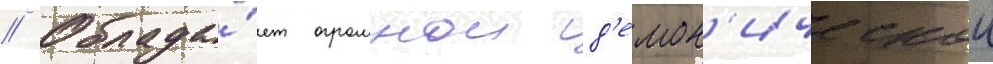
// Облада́ет огромнои д'емон'ическои